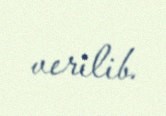
verilib.